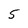
Character: 5